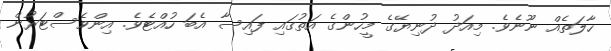
ހާލަތެއް ނޫނެވެ. މިއަދު ދުނިޔޭގެ މީހުންގެ އަތުގައި ފައިސާ އެބަ ހުއްޓެވެ. އިންވެސްޓަރުން